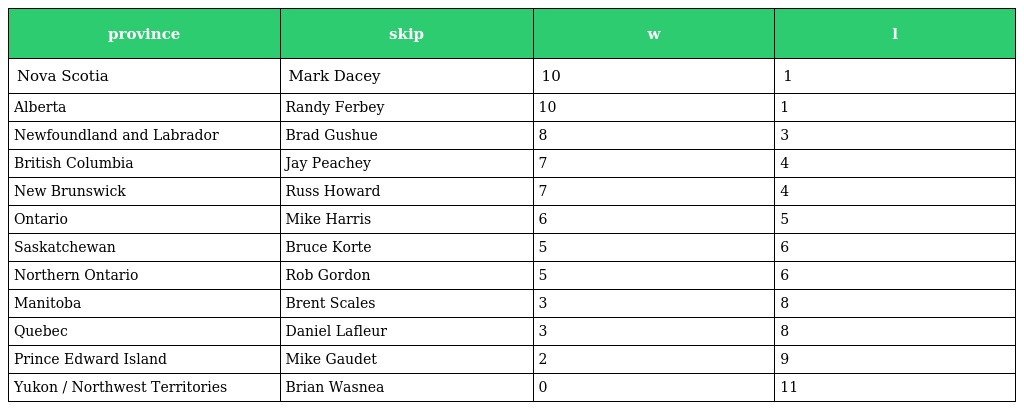
| province | skip | w | l |
 | --- | --- | --- | --- |
 | Nova Scotia | Mark Dacey | 10 | 1 |
 | Alberta | Randy Ferbey | 10 | 1 |
 | Newfoundland and Labrador | Brad Gushue | 8 | 3 |
 | British Columbia | Jay Peachey | 7 | 4 |
 | New Brunswick | Russ Howard | 7 | 4 |
 | Ontario | Mike Harris | 6 | 5 |
 | Saskatchewan | Bruce Korte | 5 | 6 |
 | Northern Ontario | Rob Gordon | 5 | 6 |
 | Manitoba | Brent Scales | 3 | 8 |
 | Quebec | Daniel Lafleur | 3 | 8 |
 | Prince Edward Island | Mike Gaudet | 2 | 9 |
 | Yukon / Northwest Territories | Brian Wasnea | 0 | 11 |